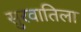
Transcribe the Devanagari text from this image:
सुरवातिला